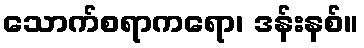
သောက်စရာကရော၊ ဒန်းနစ်။